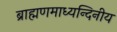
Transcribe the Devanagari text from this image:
ब्राह्मणमाध्यन्दिनीय